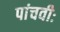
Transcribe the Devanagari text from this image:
पांचवीः